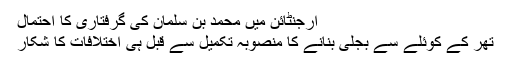
ارجنٹائن میں محمد بن سلمان کی گرفتاری کا احتمال
تھر کے کوئلے سے بجلی بنانے کا منصوبہ تکمیل سے قبل ہی اختلافات کا شکار